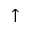
\uparrow